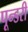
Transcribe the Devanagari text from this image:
पून्डरी